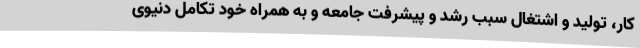
کار، تولید و اشتغال سبب رشد و پیشرفت جامعه و به همراه خود تکامل دنیوی